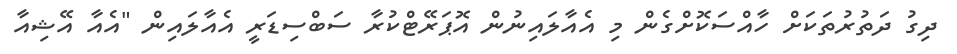
ދިގު ދަތުރުތަކަށް ހާއްސަކޮށްގެން މި އެއާލައިނުން އޮޕަރޭޓްކުރާ ސަބްސިޑަރީ އެއާލައިން "އެއާ އޭޝިއާ